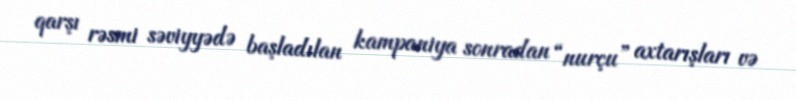
qarşı rəsmi səviyyədə başladılan kampaniya sonradan “nurçu” axtarışları və